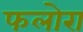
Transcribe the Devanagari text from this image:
फलोरा